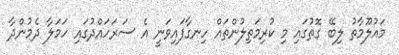
މައުލޫމާތު ލިބޭ ގޮތުގައި މި ކުރިމަތިލުންތައް ހިނގާފައިވަނީ އެ ސަރަހައްދުގައި ހަމަލާ ދެމުންދާ